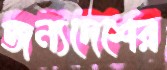
জন্যদেশের